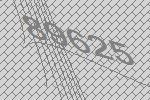
89625